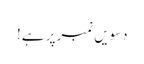
دسویں نمبر پر ہے!